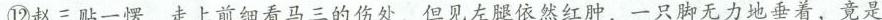
⑫赵三贴一愣，走上前细看马三的伤处，但见左腿依然红肿，一只脚无力地垂着，竟是